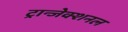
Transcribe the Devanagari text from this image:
ट्रान्जेक्शनल